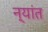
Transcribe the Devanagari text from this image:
न्यांत